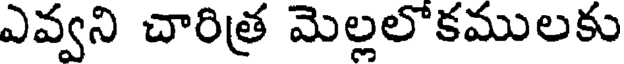
ఎవ్వని చారిత్ర మెల్లలొకములకు